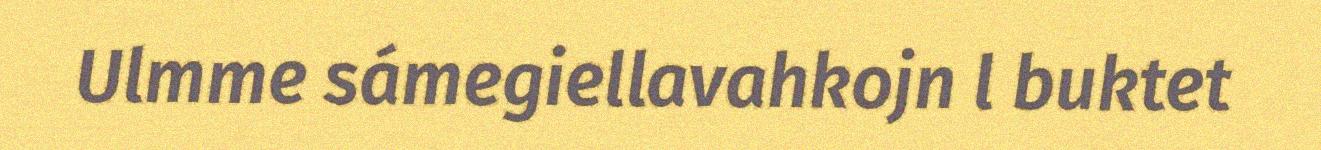
Ulmme sámegiellavahkojn l buktet